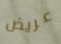
عريض